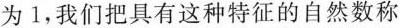
为1，我们把具有这种特征的自然数称